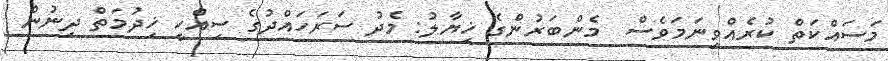
މަސައްކަތް ކުރެއްވިނަމަވެސް  މެންބަރުންގެ ޚިޔާލު: މެދު ސަރަހައްދުގެ ސިއްހީ ޚިދުމަތް ދިނުން